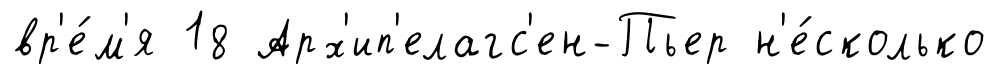
вр'е́м'я 18 Арх'ип'елагс'ен-Пьер н'е́сколько